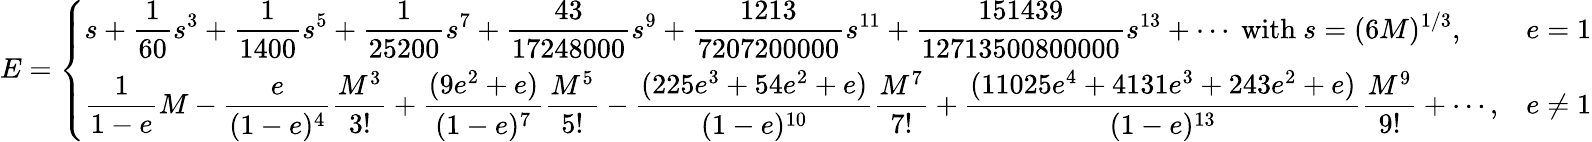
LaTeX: E={\left\{ \begin{array}{ll}{\displaystyle s+{\frac{1}{60}}s^{3}+{\frac{1}{1400}}s^{5}+{\frac{1}{25200}}s^{7}+{\frac{43}{17248000}}s^{9}+{\frac{1213}{7207200000}}s^{11}+{\frac{151439}{12713500800000}}s^{13}+\cdots{\mathrm{~with~}}s=(6M)^{1/3},}&{e=1}\\ {\displaystyle{\frac{1}{1-e}}M-{\frac{e}{(1-e)^{4}}}{\frac{M^{3}}{3!}}+{\frac{(9e^{2}+e)}{(1-e)^{7}}}{\frac{M^{5}}{5!}}-{\frac{(225e^{3}+54e^{2}+e)}{(1-e)^{10}}}{\frac{M^{7}}{7!}}+{\frac{(11025e^{4}+4131e^{3}+243e^{2}+e)}{(1-e)^{13}}}{\frac{M^{9}}{9!}}+\cdots,}&{e\neq 1}\end{array}\right.}